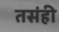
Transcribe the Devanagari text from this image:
तसंही